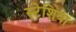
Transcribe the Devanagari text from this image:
स्टेशिया